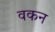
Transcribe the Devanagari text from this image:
वकन